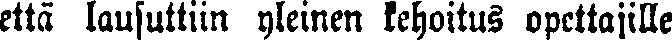
että lausuttiin yleinen kehoitus opettajille